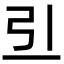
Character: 𠀓